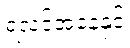
ရလဒ်အနေနှင့်